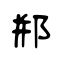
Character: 郱